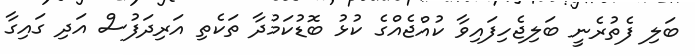
ބަލި ފެތުރެނީ ބަލިޖެހިފައިވާ ކުއްޖެއްގެ ކުޅު ބޮޑުކަމުދާ ތަކެތި އަރިދަފުސް އަދި ގައިގާ